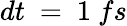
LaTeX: {d}t\ =\ 1{\ fs}